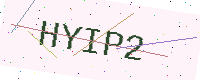
Text: HYIP2